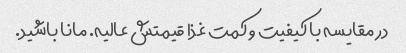
در مقایسه با کیفیت و کمت غذا قیمتش عالیه. مانا باشید.